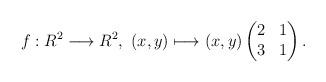
LaTeX: \begin{align*} f:R^2\longrightarrow R^2,\ (x,y)\longmapsto (x,y)\begin{pmatrix}2&1\\3&1\end{pmatrix}.\end{align*}